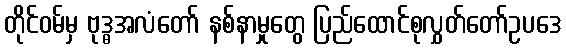
တိုင်ဝမ်မှ ဗုဒ္ဓအလံတော် နစ်နာမှုတွေ ပြည်ထောင်စုလွှတ်တော်ဥပဒေ